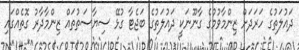
ދައުލަތުގެ ހަރަދަށް ޒިންމާވުމުގެ ގާނޫނަކީ ދައުލަތުގެ ބަޖެޓާ ގުޅޭ ސިޔާސަތުތައް ޒިންމާދާރު ގޮތެއްގައި